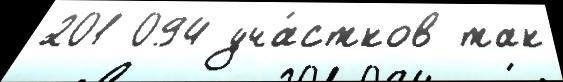
201 094 уча́стков так